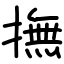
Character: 撫